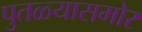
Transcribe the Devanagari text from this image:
पुतळ्यासमोर